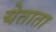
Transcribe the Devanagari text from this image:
येताता